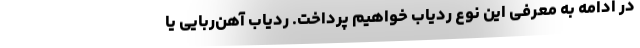
در ادامه به معرفی این نوع ردیاب خواهیم پرداخت. ردیاب آهن‌ربایی یا